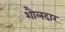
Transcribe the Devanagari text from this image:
शौलदार